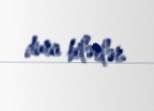
dura bilərlər.